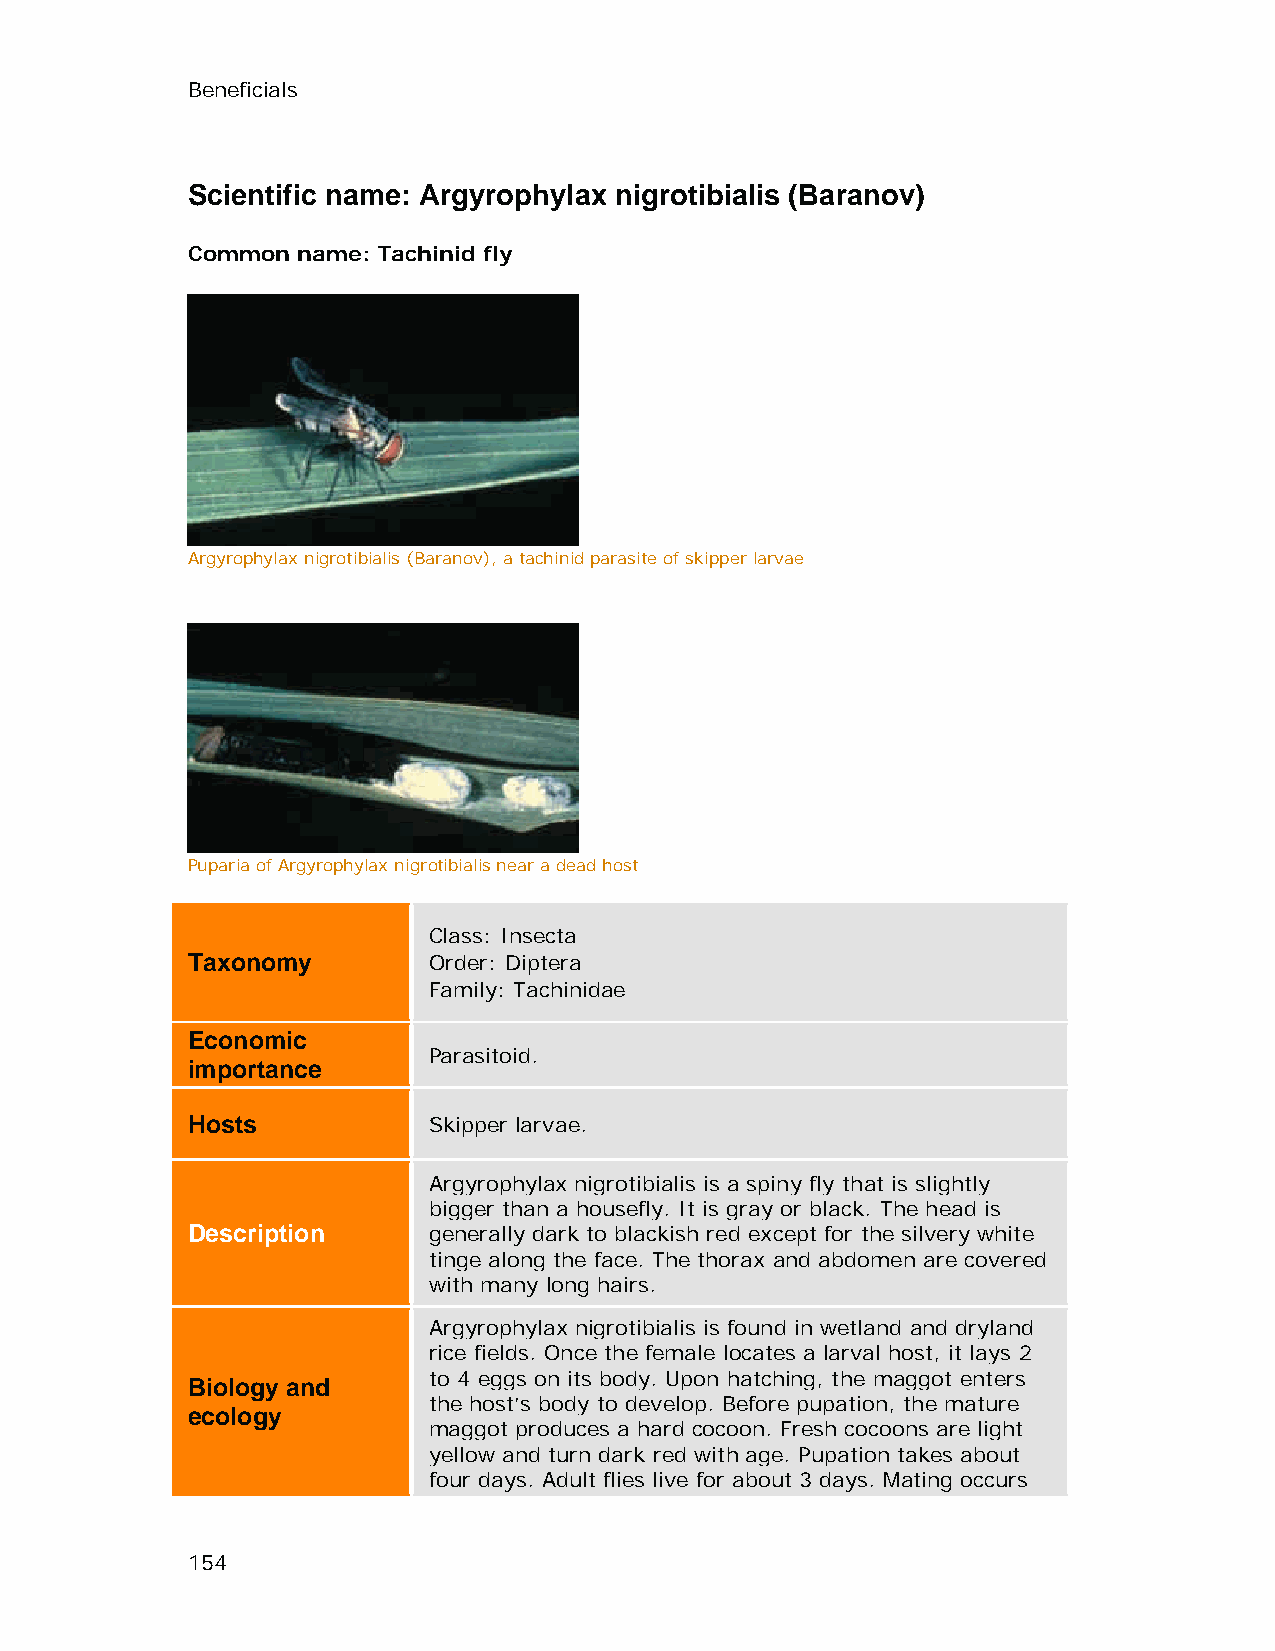
Beneficials
 Scientific name: Argyrophylax nigrotibialis (Baranov)
 Common  name: Tachinid fly
 Argyrophylax nigrotibialis (Baranov), a tachinid parasite of skipper larvae
 Puparia of Argyrophylax nigrotibialis near a dead host
 Class: Insecta
 Taxonomy        Order: Diptera
 Family: Tachinidae
 Economic
 Parasitoid.
 importance
 Hosts           Skipper larvae.
 Argyrophylax nigrotibialis is a spiny fly that is slightly
 bigger than a housefly. It is gray or black. The head is
 Description     generally dark to blackish red except for the silvery white
 tinge along the face. The thorax and abdomen are covered
 with many long hairs.
 Argyrophylax nigrotibialis is found in wetland and dryland
 rice fields. Once the female locates a larval host, it lays 2
 to 4 eggs on its body. Upon hatching, the maggot enters
 Biology and
 the host’s body to develop. Before pupation, the mature
 ecology
 maggot produces a hard cocoon. Fresh cocoons are light
 yellow and turn dark red with age. Pupation takes about
 four days. Adult flies live for about 3 days. Mating occurs
 154